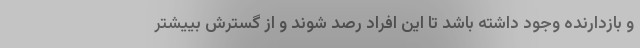
و بازدارنده وجود داشته باشد تا این افراد رصد شوند و از گسترش بییشتر